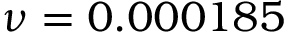
\nu = 0 . 0 0 0 1 8 5